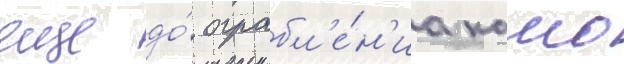
еще до́ ограбл'е́н'иа камо